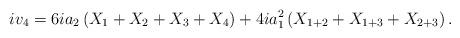
LaTeX: \begin{align*}iv_4 &= 6 ia_2 \left( X_1 + X_2 + X_3 + X_4 \right) + 4i a_1^2 \left( X_{1+2} + X_{1+3} + X_{2+3} \right) . \end{align*}